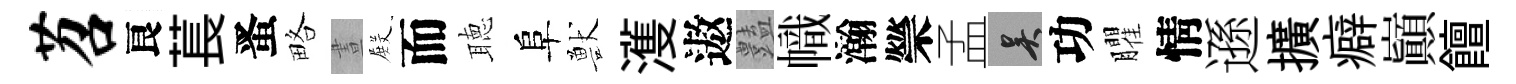
苕良萇󱉠略晝𭮺而聴阜獸濩遨𧰟幟瀚禜孟吴功臞情遜擴癖巔饘